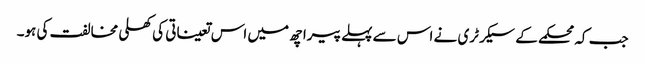
جب کہ محکمے کے سیکرٹری نے اس سے پہلے پیرا چھ میں اس تعیناتی کی کھلی مخالفت کی ہو۔